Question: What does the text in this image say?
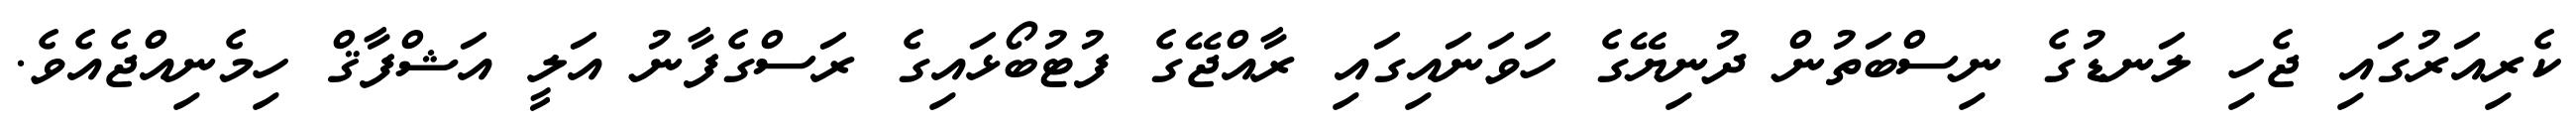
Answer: ކެރިއަރުގައި ޖެހި ލަނޑުގެ ނިސްބަތުން ދުނިޔޭގެ ހަވަނައިގައި ރާއްޖޭގެ ފުޓުބޯޅައިގެ ރަސްގެފާނު އަލީ އަޝްފާޤް ހިމެނިއްޖެއެވެ.